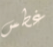
غطس